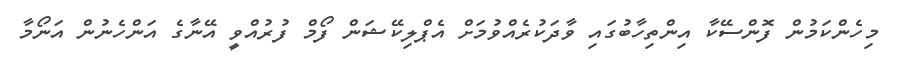
މިހެންކަމުން ފޮންސޭކާ އިންތިހާބުގައި ވާދަކުރެއްވުމަށް އެޕްލިކޭޝަން ފޯމް ފުރުއްވީ އޭނާގެ އަންހެނުން އަނޯމާ